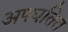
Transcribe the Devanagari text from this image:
अपघतित